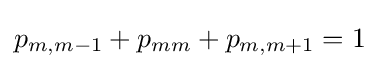
p_{m,m-1}+p_{mm}+p_{m,m+1}=1